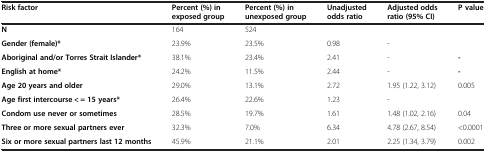
<table><thead><tr><td><b>Risk factor</b></td><td><b>Percent (%) in exposed group</b></td><td><b>Percent (%) in unexposed group</b></td><td><b>Unadjusted odds ratio</b></td><td><b>Adjusted odds ratio (95% CI)</b></td><td><b>P value</b></td></tr></thead><tbody><tr><td><b>N</b></td><td>164</td><td>524</td><td> </td><td> </td><td> </td></tr><tr><td><b>Gender (female)*</b></td><td>23.9%</td><td>23.5%</td><td>0.98</td><td>-</td><td> </td></tr><tr><td><b>Aboriginal and/or Torres Strait Islander*</b></td><td>38.1%</td><td>23.4%</td><td>2.41</td><td>-</td><td><b>-</b></td></tr><tr><td><b>English at home*</b></td><td>24.2%</td><td>11.5%</td><td>2.44</td><td>-</td><td><b>-</b></td></tr><tr><td><b>Age 20 years and older</b></td><td>29.0%</td><td>13.1%</td><td>2.72</td><td>1.95 (1.22, 3.12)</td><td>0.005</td></tr><tr><td><b>Age first intercourse &lt; = 15 years*</b></td><td>26.4%</td><td>22.6%</td><td>1.23</td><td>-</td><td> </td></tr><tr><td><b>Condom use never or sometimes</b></td><td>28.5%</td><td>19.7%</td><td>1.61</td><td>1.48 (1.02, 2.16)</td><td>0.04</td></tr><tr><td><b>Three or more sexual partners ever</b></td><td>32.3%</td><td>7.0%</td><td>6.34</td><td>4.78 (2.67, 8.54)</td><td>&lt;0.0001</td></tr><tr><td><b>Six or more sexual partners last 12 months</b></td><td>45.9%</td><td>21.1%</td><td>2.01</td><td>2.25 (1.34, 3.79)</td><td>0.002</td></tr></tbody></table>